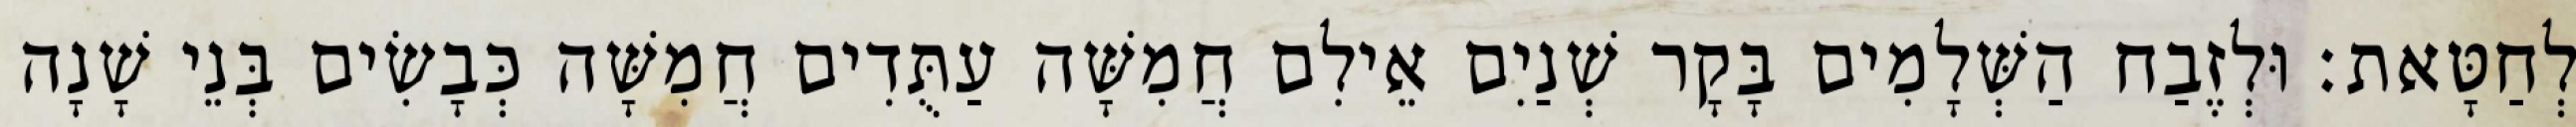
לְחַטָּאת׃ וּלְזֶבַח הַשְּׁלָמִים בָּקָר שְׁנַיִם אֵילִם חֲמִשָּׁה עַתֻּדִים חֲמִשָּׁה כְּבָשִׂים בְּנֵי שָׁנָה